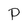
Character: P